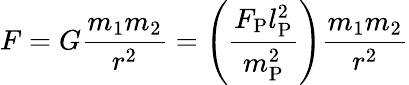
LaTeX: F=G{\frac{m_{1}m_{2}}{r^{2}}}=\left({\frac{F_{\mathrm{P}}l_{\mathrm{P}}^{2}}{m_{\mathrm{P}}^{2}}}\right){\frac{m_{1}m_{2}}{r^{2}}}